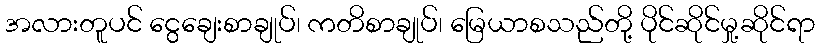
အလားတူပင် ငွေချေးစာချုပ်၊ ကတိစာချုပ်၊ မြေယာစသည်တို့ ပိုင်ဆိုင်မှု့ဆိုင်ရာ